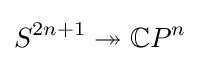
S^{2n+1}\twoheadrightarrow \mathbb {C} P^{n}